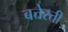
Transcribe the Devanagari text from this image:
बत्तेस्ती